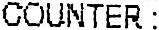
COUNTER :